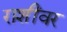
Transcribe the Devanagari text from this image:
राशींवर